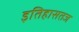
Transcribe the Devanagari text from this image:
इतिहासतज